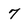
Character: 7